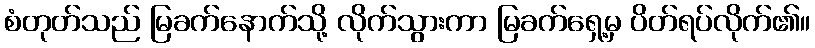
စံတုတ်သည် မြခက်နောက်သို့ လိုက်သွားကာ မြခက်ရှေ့မှ ပိတ်ရပ်လိုက်၏။